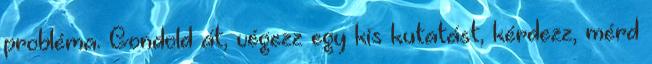
probléma. Gondold át, végezz egy kis kutatást, kérdezz, mérd